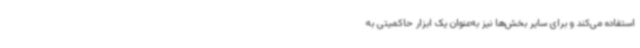
استفاده می‌کند و برای سایر بخش‌ها نیز به‌عنوان یک ابزار حاکمیتی به